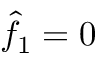
\hat { f } _ { 1 } = 0